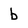
Character: b